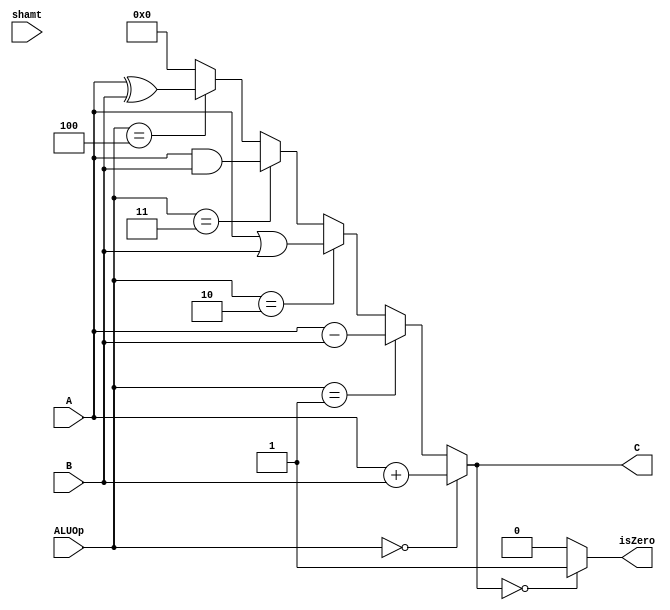
`timescale 1ns / 1ps
//////////////////////////////////////////////////////////////////////////////////
// Company: 
// Engineer: 
// 
// Design Name: 
// Module Name:    alu 
// Project Name: 
// Target Devices: 
// Tool versions: 
// Description: 
//
// Dependencies: 
//
// Revision: 
// Revision 0.01 - File Created
// Additional Comments: 
//
//////////////////////////////////////////////////////////////////////////////////
`define ADD 4'b0000
`define SUB 4'b0001
`define OR 4'b0010
`define AND 4'b0011
`define XOR 4'b0100

module alu(
    input [31:0] A,
    input [31:0] B,
    input [4:0] shamt,
    input [3:0] ALUOp,
    output [31:0] C,
    output isZero
    );

    assign isZero = (C == 32'b0) ? 1'b1 : 1'b0;
    assign C =  (ALUOp == `ADD) ? A + B :
                (ALUOp == `SUB) ? A - B :
                (ALUOp == `OR) ? A | B :
                (ALUOp == `AND) ? A & B :
                (ALUOp == `XOR) ? A ^ B :
                32'b0;

endmodule